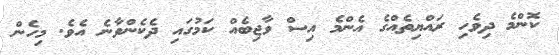
ކޮންމެ ދިވެހި ރައްޔިތެއްގެ އެންމެ އިސް ވާޖިބެއް ކަމުގައި ދެކެންވާނެ އެވެ. މިހެން